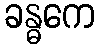
ခန္ဓကေ